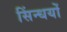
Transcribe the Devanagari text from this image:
सिंन्धयों